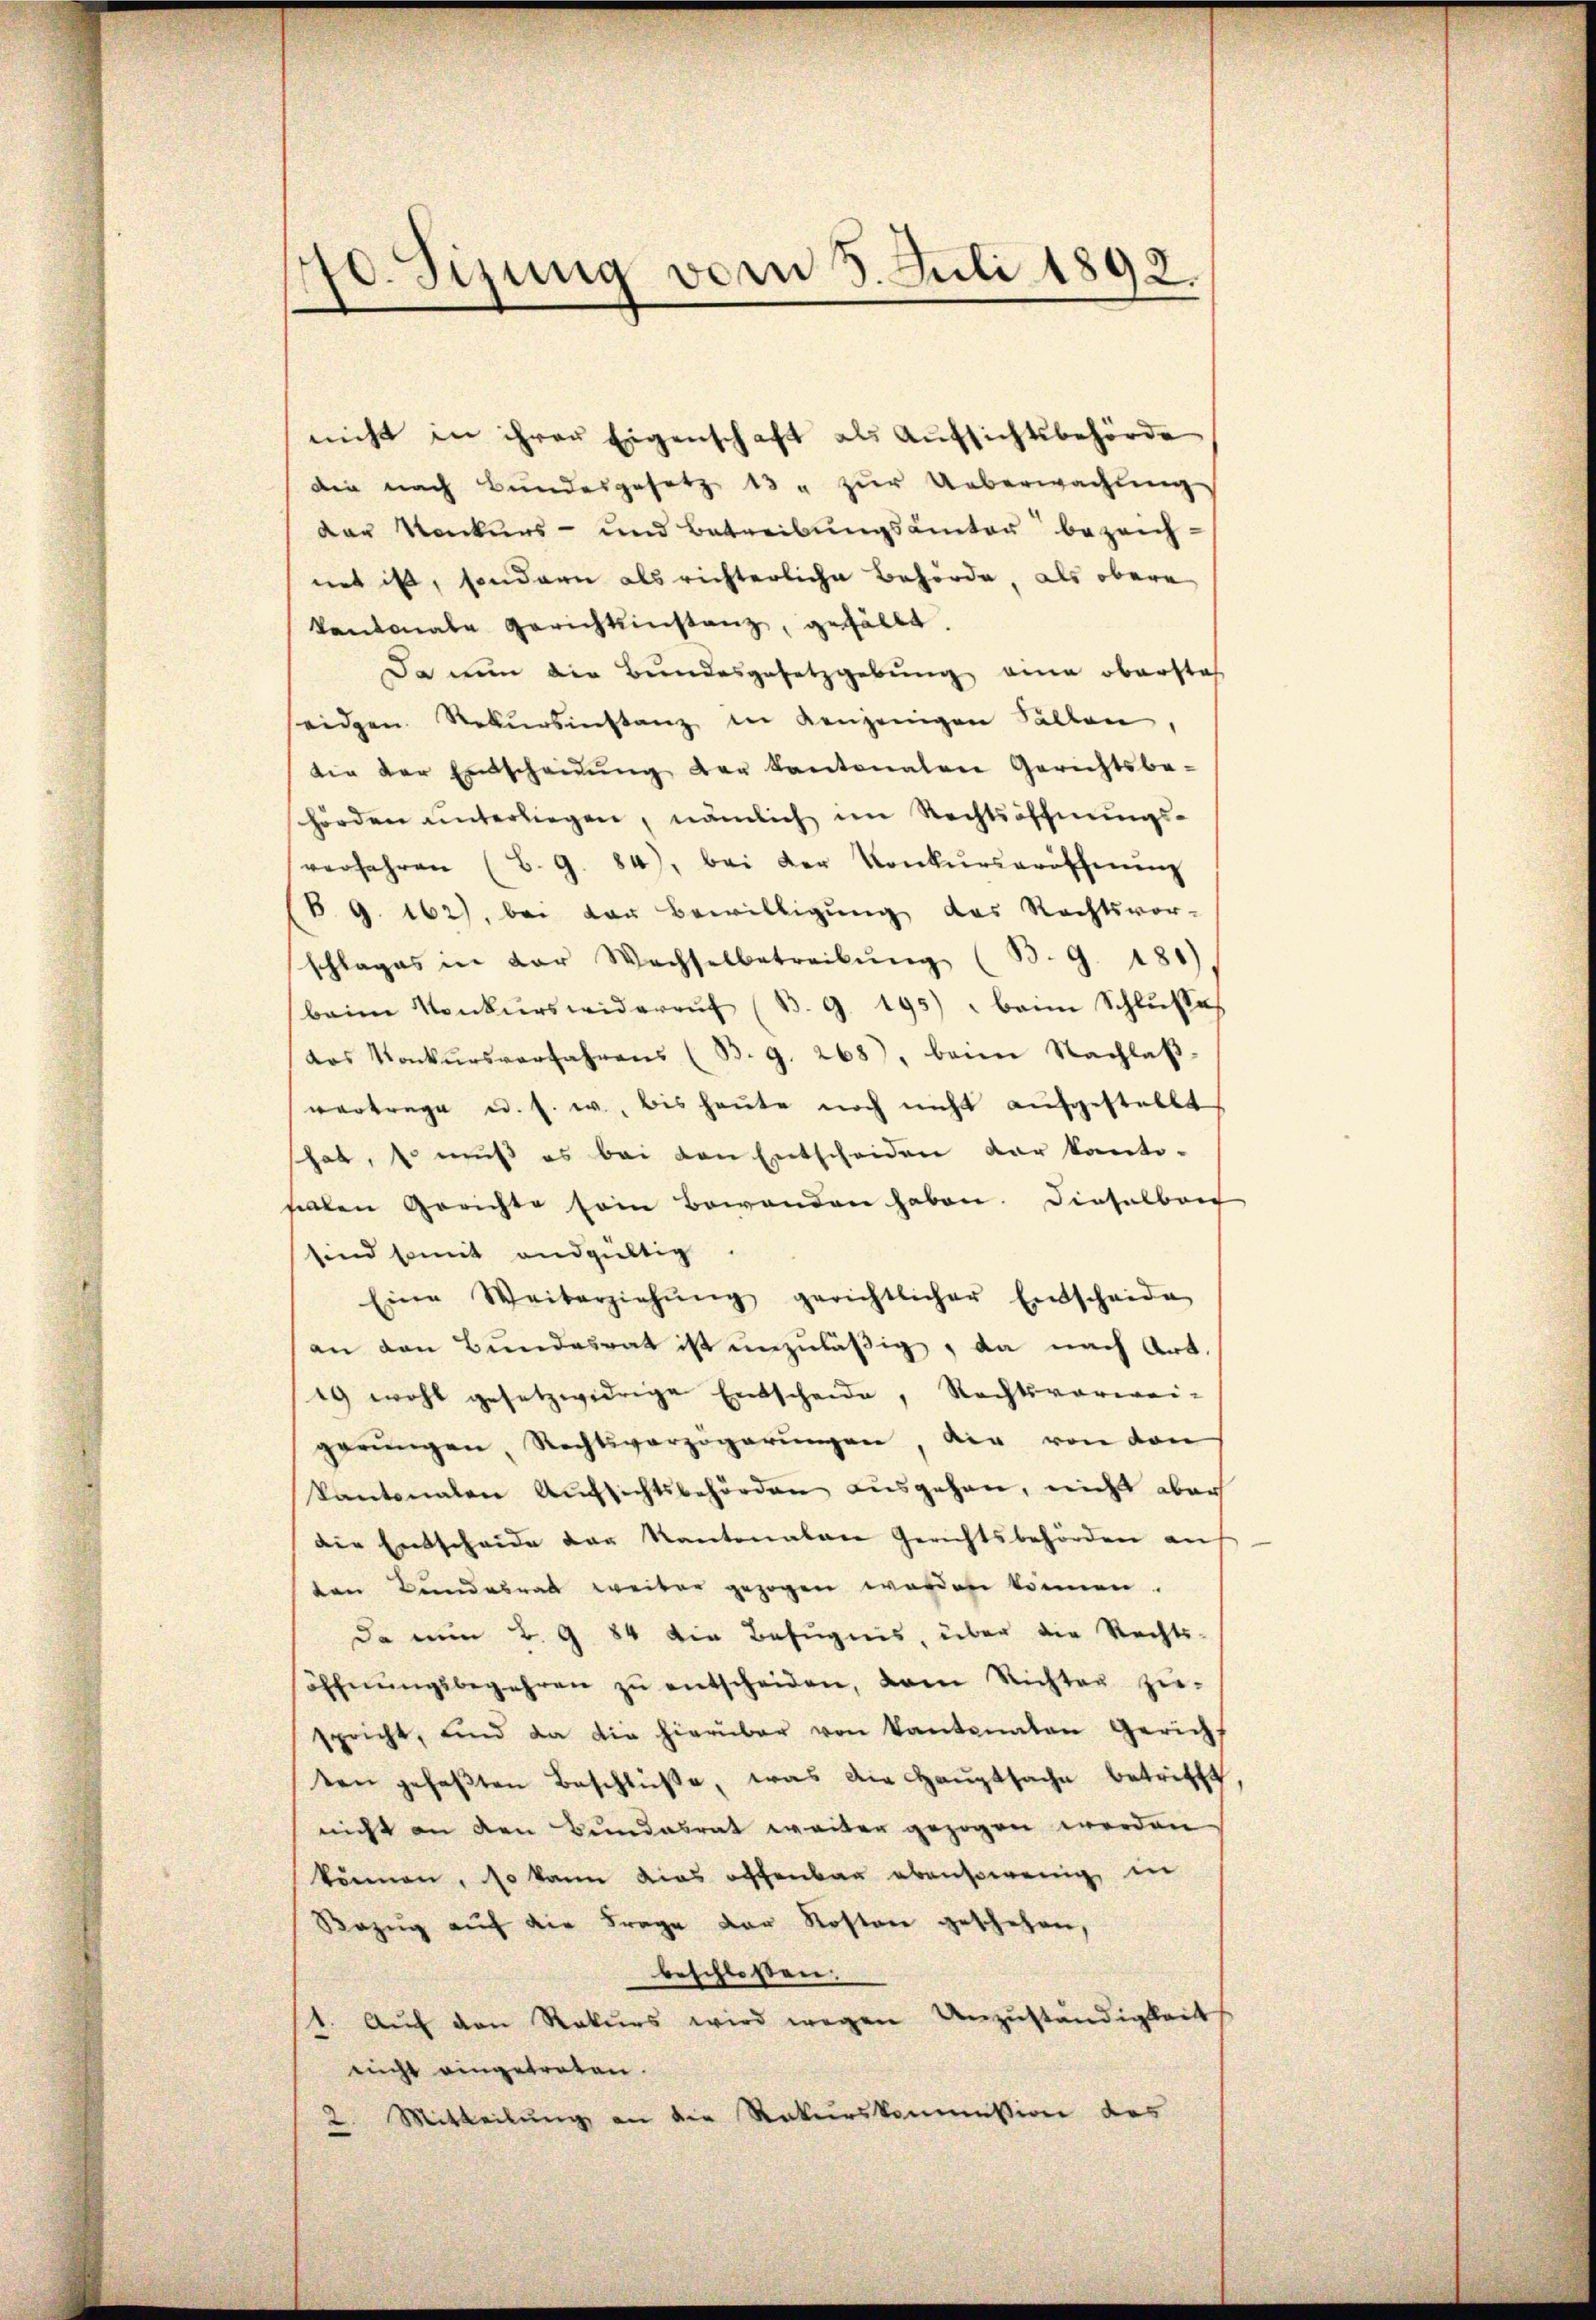
10. Sizung vom 5. Juli 1892.

nicht in ihrer Eigenschaft als Aufsichtsbehörde
die nach Bundesgesetz 13 u zŭr Ueberwachung
der Konkurs- und Betreibŭngsamter bezeichnet ist, sondern als richterliche Behörde, als obere
kantonale Gerichtinstanz, gefällt.
Da nun die Bundesgesetzgebung eine obersteh
eiden Rekŭrsinstanz in denjenigen Fällen,
die der Entscheidŭng der Kantonalen Gerichtsbe-
hörden unterliegen, nämlich im Rechtsöffnungs-
verfahren (B. G. 84), bei der Konkŭrseröffnŭng
B. G. 162), bei der Bewilligung des Rechtsvor-
schlages in der Wachselbetreibŭng (B. G. 181)
beim Konkurswiderruf (B. G. 195) " beim Schlusses
das Konkŭrsverfahrens (B. G. 268), beim Nachlaβ-
vertrage u. s. w., bis heute noch nicht aufgestellt
shab, so muß es bei den Entscheiden der kanto-
saalen Gerichte sein Bewanden haben. Dieselben
sind somit endgültig.
Eine Weiterziehŭng gerichtlicher Entscheide
an den Bundesrat ist unzuläßig, da nach Art.
49 wohl gesetzwidrige Entscheide, Rechtsverwei-
gerŭngen, Rechtsverzögerŭngen, die von den
kantonalen Aufsichtsbehörden ausgehen, nicht aber
die Entscheide der Kantonalen Gerichtsbehörden an
ten Bundesrat weiter gezogen werden können.
Da nun B. G. 84 die Befugnis, über die Rechts-
söffnŭngsbegehren zŭ entscheiden, von Richter zŭ-
spricht, und da die hierüber von Kantonalen Gericht
ten gefaβten Beschlüße, was die Hauptsache betrifft
nicht an den Bundesrat weiter gezogen werden
können, so kann dies offenbar ebensowenig in
Bezug auf die Frage der Kosten geschehen,
beschloßen:
1. Aŭf den Rekŭrs wird wegen Unzŭständigkeit
nicht eingetreten.
2. Mitteilung an die Rekurskommission des